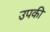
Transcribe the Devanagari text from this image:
उपकी